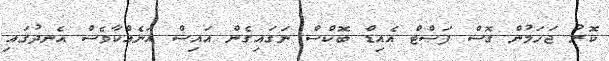
ކޮރު ޖަހަމުން ގޮސް ފަސްޓް އެއިޑް ބޮކްސް ނަގައިގެން އައިސް އަނެއްކާވެސް އެނދުގައި